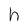
Character: h